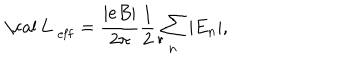
\mathrm { ~ \cal ~ L ~ } _ { \mathrm { e f f } } = \frac { | e B | } { 2 \pi } \frac { 1 } { 2 } \sum _ { n } | E _ { n } | ,